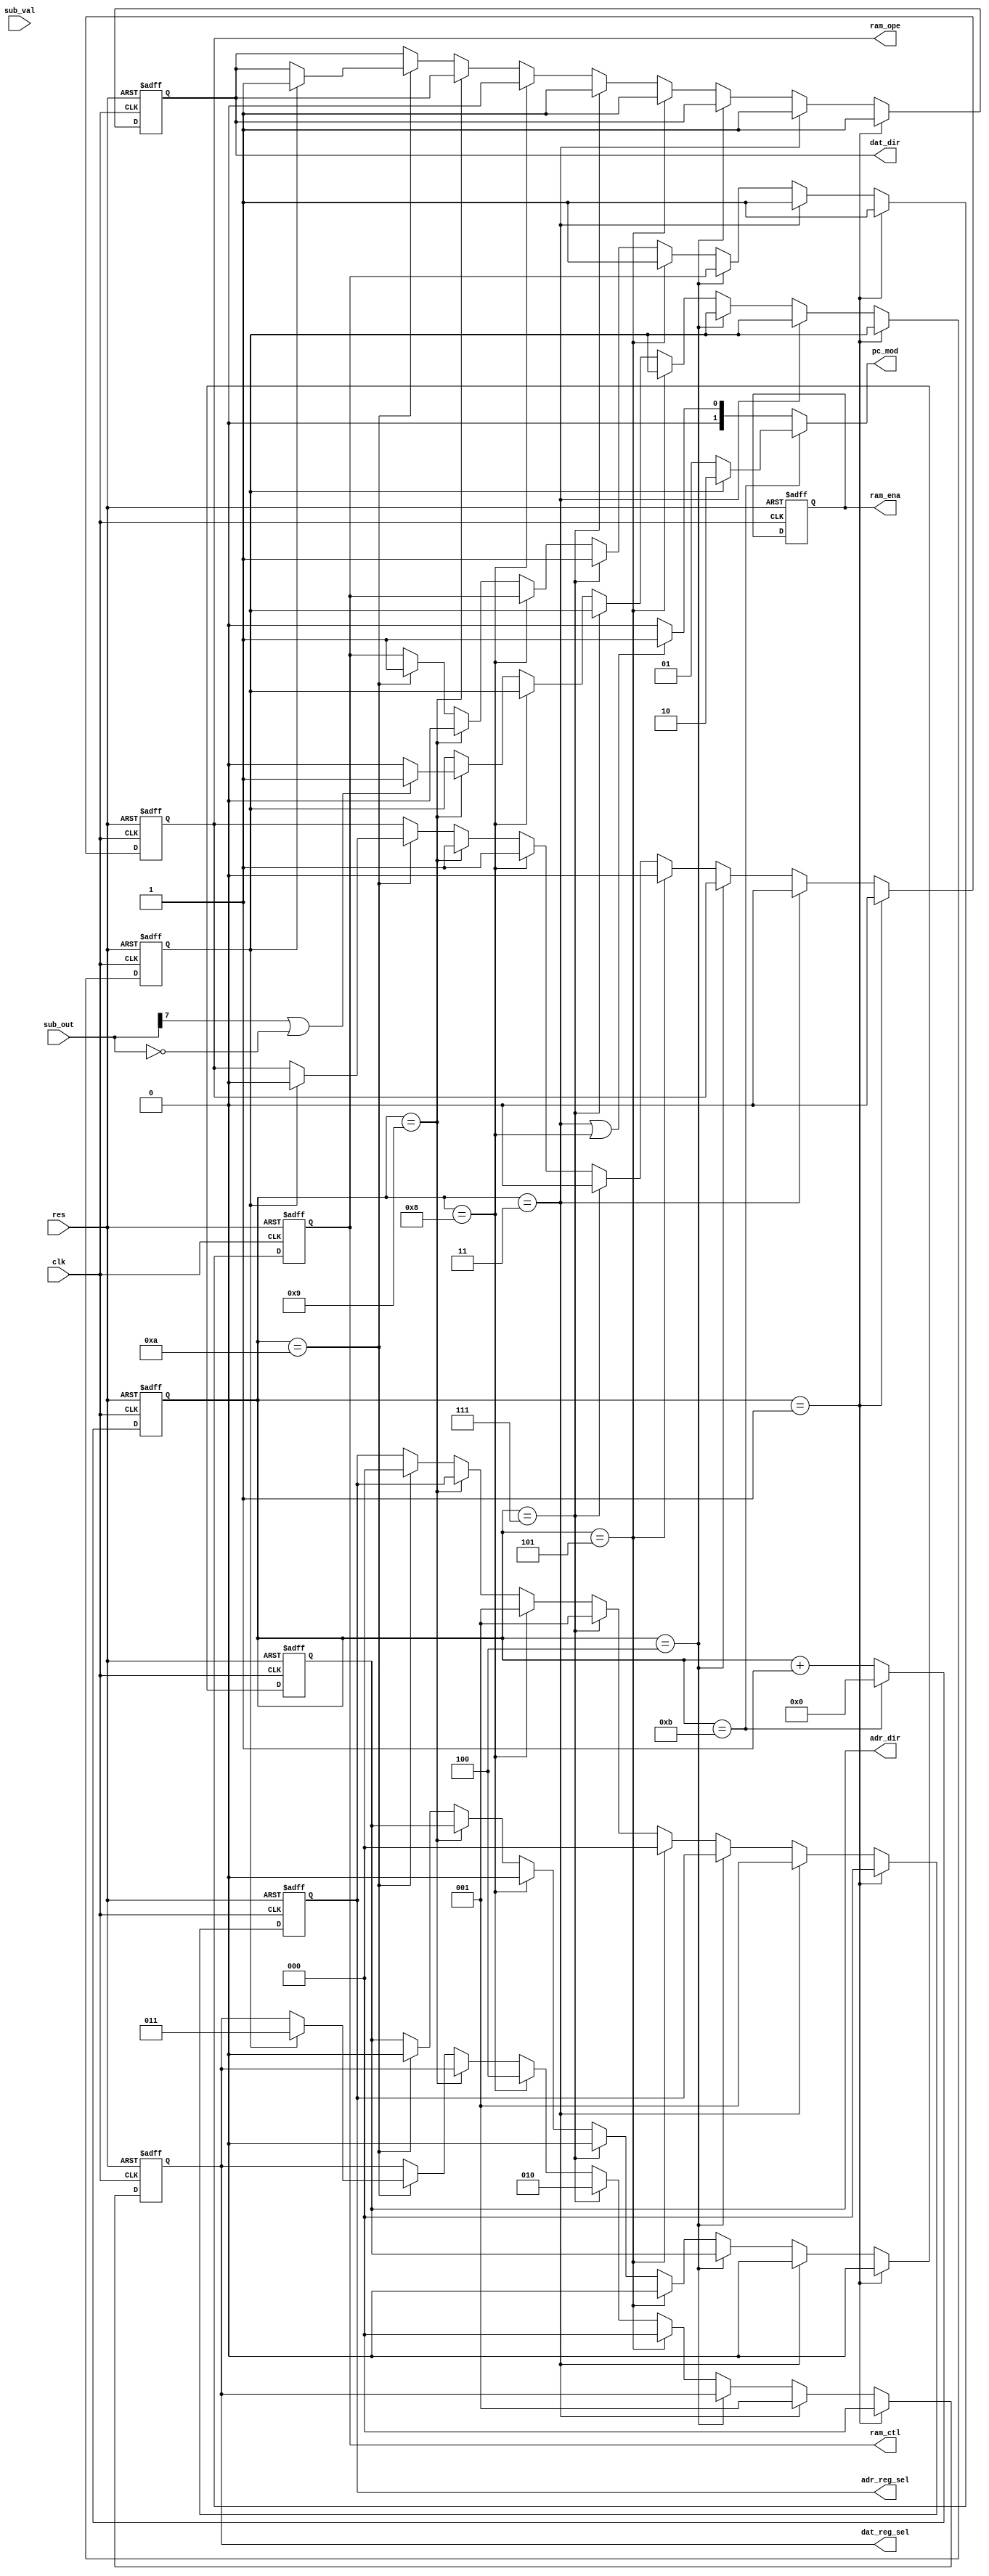
module control_unit (
                      input        clk,
                      input        res,

                      output [2:0] adr_reg_sel,
                      output       adr_dir,
                      
                      output [2:0] dat_reg_sel,
                      output       dat_dir,

                      output       ram_ope,
                      output       ram_ctl,
                      output       ram_ena,
                                           
                      output [1:0] pc_mod,

                      input  [7:0] sub_out,
                      input        sub_val
);


reg [3:0] counter;

reg [2:0] adr_reg_sel;
reg       adr_dir;
reg [2:0] dat_reg_sel;
reg       dat_dir;
reg       ram_ope;
reg       ram_ctl;
reg       ram_ena;
reg       branch;
//reg [1:0] pc_mod;


always @(posedge clk or negedge res) begin
  if (res==0)
    counter=0;
  else if (counter==11)
    counter<=0;
  else
    counter<= counter+1;
end
always @(posedge clk or negedge res) begin

  if (res==0) begin
    //counter=0;
    branch=0;
    ram_ena=0;
    ram_ope=1;
    ram_ctl=1;
    dat_reg_sel=0;
    dat_dir=1;
    adr_reg_sel=0;
    adr_dir=0;
    //pc_mod=0;
  end
  else begin
    if (counter==1) begin
      adr_reg_sel=0;
      dat_reg_sel=0;
      adr_dir=0;
      dat_dir=1;
      ram_ope=0;
      ram_ctl=1;
      //pc_mod=0;
    end
    else if (counter==3) begin
      adr_reg_sel=1;
      dat_reg_sel=1;
      adr_dir=0;
      dat_dir=1;
      ram_ope=0;
      ram_ctl=1;
      //pc_mod=1;
    end
    else if (counter==4) begin
      //pc_mod=0;
    end
    else if (counter==5) begin
      adr_reg_sel=0;
      dat_reg_sel=0;
      adr_dir=0;
      dat_dir=1;
      ram_ope=0;
      ram_ctl=1;
      //pc_mod=0;
    end
    else if (counter==7) begin
      adr_reg_sel=1;
      dat_reg_sel=2;
      adr_dir=0;
      dat_dir=1;
      ram_ope=0;
      ram_ctl=1;
      //pc_mod=1;
    end
    else if(counter==8) begin
      adr_reg_sel=1;
      dat_reg_sel=4;
      adr_dir=0;
      dat_dir=0;
      ram_ope=1;
      //ram_ctl=0;
      //if (sub_out[7]==0) begin
    end
    else if(counter==9) begin
      if (sub_out[7]==1 | sub_out==8'h00)
        branch=1;
      else
        branch=0;
      ram_ope=1;
      ram_ctl=0;
    end
    else if(counter==10) begin
      //if (sub_out[7]==1 | sub_out==8'h00)
      //  branch=1;
      //else
      //  branch=0;
      ram_ctl=1;
      adr_reg_sel=0;
      adr_dir=0;
      if (branch) begin
        dat_reg_sel=3;
        dat_dir=1;
        ram_ope=0;
      end
    end
  
  end

end

assign pc_mod = (counter==11) ? ( (branch==1) ? 2 : 1 ) : ( (counter==3 | counter==8)? 1:0 );
//assign ram_ctl=(counter==9)? 0:1;
endmodule